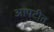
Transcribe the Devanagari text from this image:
आपटीत